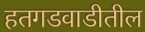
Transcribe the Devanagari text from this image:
हतगडवाडीतील